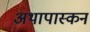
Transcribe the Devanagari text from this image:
अथापास्कन